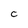
Character: C